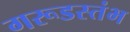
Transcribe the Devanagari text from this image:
गरूडस्तंभ